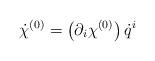
LaTeX: \begin{align*}{\dot\chi}^{(0)}=\left(\partial_i \chi^{(0)}\right) {\dot q}^i\end{align*}